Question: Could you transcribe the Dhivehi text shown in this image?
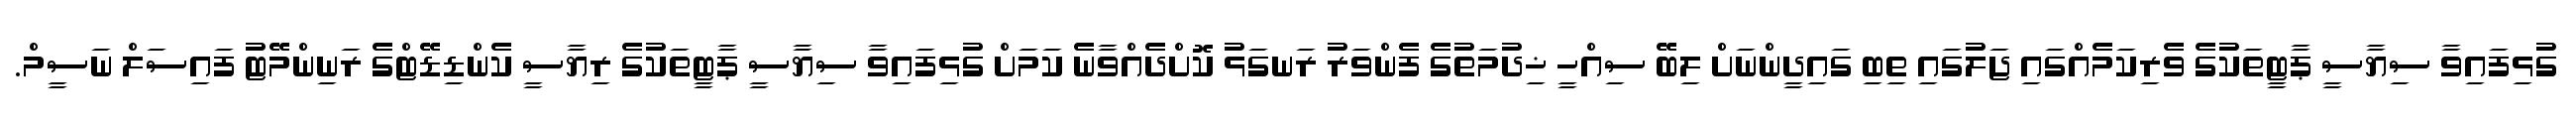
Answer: ގުޅިފައިވާ ސިޔާސީ ޕާޓީތަކުގެ ވެރިކަމެއްގައި ޖަލުގައި ތިބި ގައިދީންނަށް ލިބޭ ސިއްހީ ޚިދުމަތުގެ ފެންވަރު ރަނގަޅު ކޮށްދެއްވާނެ ކަމަށް ގުޅިފައިވާ ސިޔާސީ ޕާޓީތަކުގެ ރިޔާސީ ކެންޑިޑޭޓްގެ ރަނިންމޭޓު ފައިސަލް ނަސީމް.